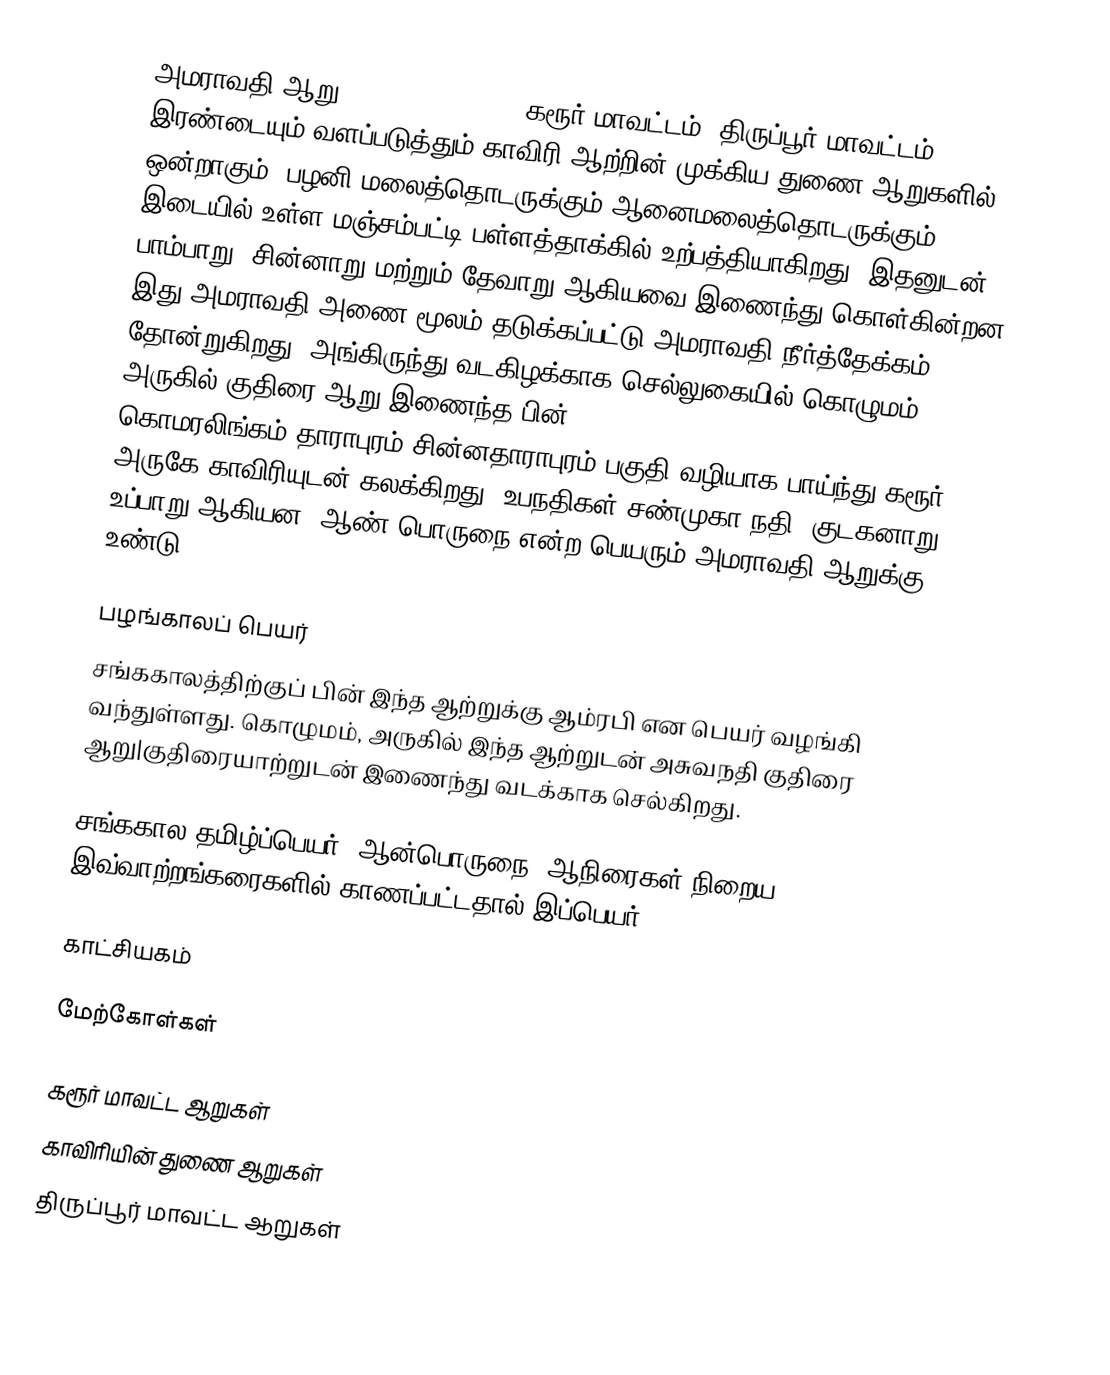
அமராவதி ஆறு (Amaravati River) கரூர் மாவட்டம், திருப்பூர் மாவட்டம் இரண்டையும் வளப்படுத்தும் காவிரி ஆற்றின் முக்கிய துணை ஆறுகளில் ஒன்றாகும். பழனி மலைத்தொடருக்கும் ஆனைமலைத்தொடருக்கும் இடையில் உள்ள மஞ்சம்பட்டி பள்ளத்தாக்கில் உற்பத்தியாகிறது. இதனுடன் பாம்பாறு, சின்னாறு மற்றும் தேவாறு ஆகியவை இணைந்து கொள்கின்றன. இது அமராவதி அணை மூலம் தடுக்கப்பட்டு அமராவதி நீர்த்தேக்கம் தோன்றுகிறது. அங்கிருந்து வடகிழக்காக செல்லுகையில் கொழுமம், அருகில் குதிரை ஆறு இணைந்த பின் கொமரலிங்கம்,தாராபுரம்,சின்னதாராபுரம் பகுதி வழியாக பாய்ந்து கரூர் அருகே காவிரியுடன் கலக்கிறது. உபநதிகள் சண்முகா நதி, குடகனாறு, உப்பாறு ஆகியன. ஆண் பொருநை என்ற பெயரும் அமராவதி ஆறுக்கு உண்டு

பழங்காலப் பெயர்
சங்ககாலத்திற்குப் பின் இந்த ஆற்றுக்கு ஆம்ரபி என பெயர் வழங்கி வந்துள்ளது. கொழுமம், அருகில் இந்த ஆற்றுடன் அசுவநதி குதிரை ஆறு|குதிரையாற்றுடன் இணைந்து வடக்காக செல்கிறது.

சங்ககால தமிழ்ப்பெயர்: ஆன்பொருநை (ஆநிரைகள் நிறைய இவ்வாற்றங்கரைகளில் காணப்பட்டதால் இப்பெயர்)

காட்சியகம்

மேற்கோள்கள்

கரூர் மாவட்ட ஆறுகள்
காவிரியின் துணை ஆறுகள்
திருப்பூர் மாவட்ட ஆறுகள்